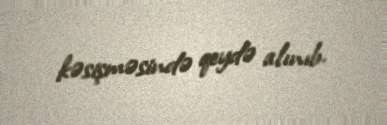
kəsişməsində qeydə alınıb.